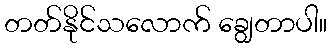
တတ်နိုင်သလောက် ချွေတာပါ။